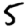
Digit: 5